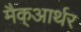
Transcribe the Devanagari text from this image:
मैक्‌आर्थर